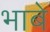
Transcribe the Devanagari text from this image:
भाबे